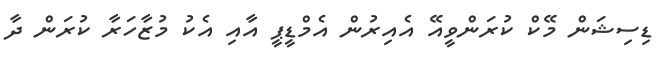
ޑިސިޝަން މޭކް ކުރަންވީއޭ އެއިރުން އެމްޑީޕީ އާއި އެކު މުޒާހަރާ ކުރަން ދާ